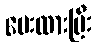
ပေးထားပြီး